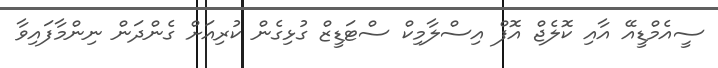
ސީއެމްޑީއޭ އާއި ކޮލެޖް އޮފް އިސްލާމިކް ސްޓަޑީޒް ގުޅިގެން ކުރިއަށް ގެންދަން ނިންމާފައިވާ